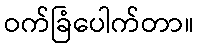
ဝက်ခြံပေါက်တာ။